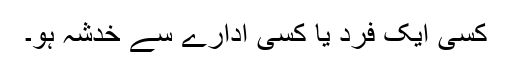
کسی ایک فرد یا کسی ادارے سے خدشہ ہو۔